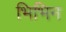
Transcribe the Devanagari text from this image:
भिभिन